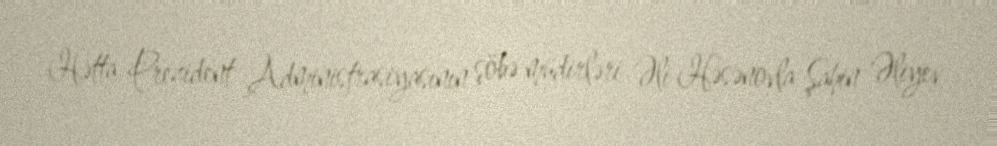
Hətta Prezident Administrasiyasının şöbə müdirləri Əli Həsənovla Şahin Əliyev